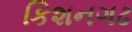
કિશનગઢ